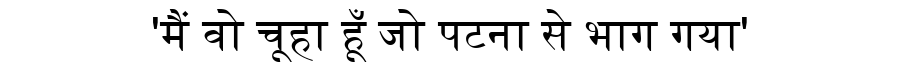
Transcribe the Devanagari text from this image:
'मैं वो चूहा हूँ जो पटना से भाग गया'